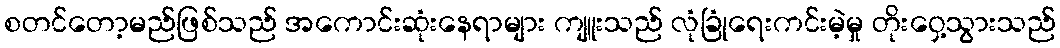
စတင်တော့မည်ဖြစ်သည် အကောင်းဆုံးနေရာများ ကျူးသည် လုံခြုံရေးကင်းမဲ့မှု တိုးဝှေ့သွားသည်